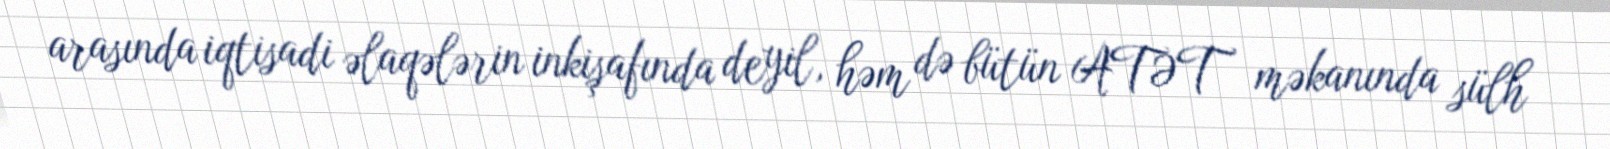
arasında iqtisadi əlaqələrin inkişafında deyil, həm də bütün ATƏT məkanında sülh